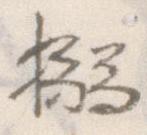
搦